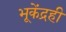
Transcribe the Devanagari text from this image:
भूकेंद्रही